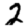
Digit: 2